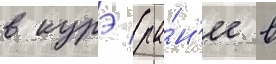
в курэ (ра́н'ее в